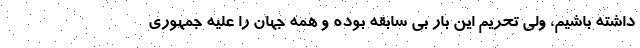
داشته باشیم، ولی تحریم این بار بی سابقه بوده و همه جهان را علیه جمهوری